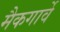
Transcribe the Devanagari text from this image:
मैकगार्वे